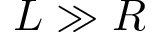
L \gg R